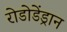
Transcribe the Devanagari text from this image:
रोडोडेंड्रान